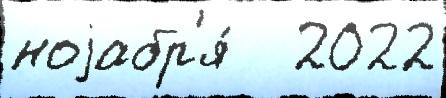
ноjабр'я́   2022